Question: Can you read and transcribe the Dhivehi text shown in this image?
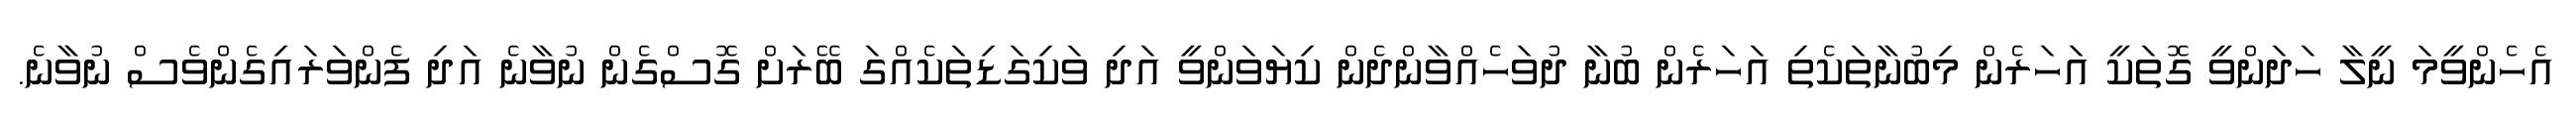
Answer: އެހެންވީމަ ނީލާ ހަދަންވީ ގޮތަކީ އަހަރެން މިބުނާތަކެތި އަހަރެން ބުނާ ދުވަހެއްވާންދެން ކިޔަވަންވީ އަދި ވަކިގަޑިތަކެއްގަ ބޭރަށް ގޮސްގެން ނުވާނެ އަދި ފެންވަރައިގެންވެސް ނުވާނެ.